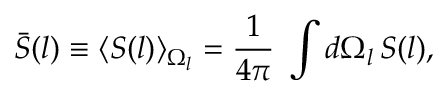
\bar { S } ( l ) \equiv \langle S ( \boldsymbol { l } ) \rangle _ { \Omega _ { l } } = \frac { 1 } { 4 \pi } \; \int d \Omega _ { l } \, S ( \boldsymbol { l } ) ,